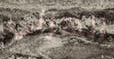
الهزلي